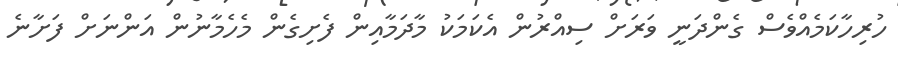
ހުރިހާކަމެއްވެސް ގެންދަނީ ވަރަށް ސިއްރުން އެކަމަކު މާދަމާއިން ފެށިގެން މެހެމާނުން އަންނަށް ފަށާނެ